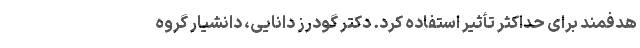
هدفمند برای حداکثر تأثیر استفاده کرد. دکتر گودرز دانایی، دانشیار گروه